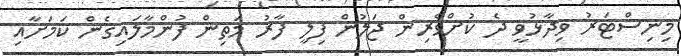
މިނިސްޓަރު ވިދާޅުވީ ދެ ކުށްވެރިން ޖަލުން ފިލީ ފާރު މަތިން ފުންމާލައިގެން ކަމަށާއި